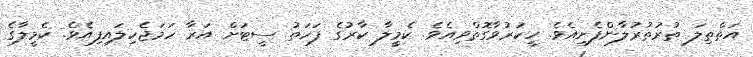
އަތްތިލަ ތުރުތުރުލާންފެށިއެވެ. ހީކަރުވާގޮތްވިއެވެ. ކެމީލާ ކާރުގެ ފަހަތު ސީޓަށް އަރާ ހަމަޖެހިލައިފިއެވެ. ކެމީލާގެ